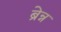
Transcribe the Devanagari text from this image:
ब्रेन्न